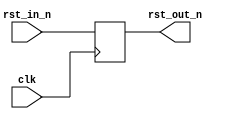
module resetter
(
  input  wire clk,
  input  wire rst_in_n,      // external asynchronous reset
  output reg  rst_out_n      // synchronized reset
);

  always @(posedge clk)
    rst_out_n <= rst_in_n;

endmodule